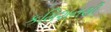
કમિશનથી